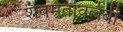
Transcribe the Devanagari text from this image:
शैवमतावलंबी